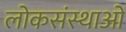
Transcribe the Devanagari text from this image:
लोकसंस्थाओं